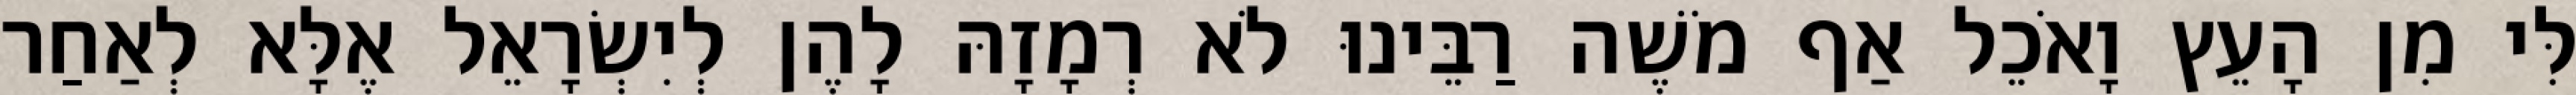
לִּי מִן הָעֵץ וָאֹכֵל אַף מֹשֶׁה רַבֵּינוּ לֹא רְמָזָהּ לָהֶן לְיִשְׂרָאֵל אֶלָּא לְאַחַר